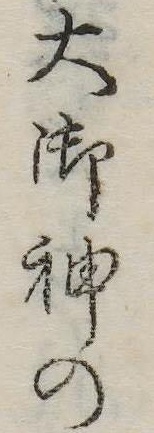
大御神の